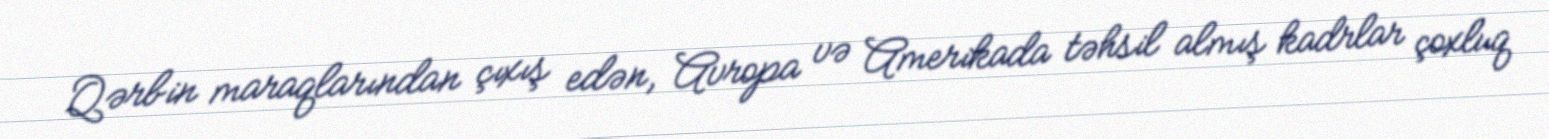
Qərbin maraqlarından çıxış edən, Avropa və Amerikada təhsil almış kadrlar çoxluq